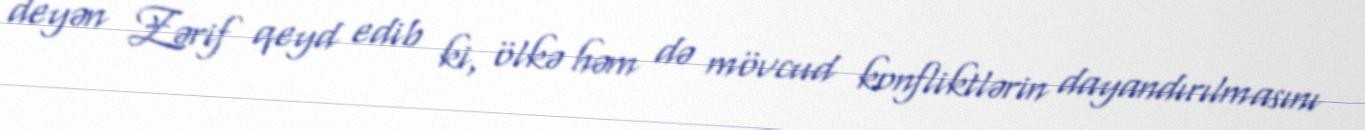
deyən Zərif qeyd edib ki, ölkə həm də mövcud konfliktlərin dayandırılmasını